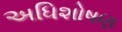
અધિશોષણ